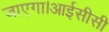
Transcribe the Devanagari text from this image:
जाएगा।आईसीसी